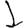
Digit: 1